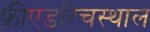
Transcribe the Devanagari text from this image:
फ्रीएडरिचस्थाल